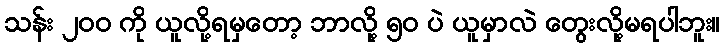
သန်း ၂၀၀ ကို ယူလို့ရမှတော့ ဘာလို့ ၅၀ ပဲ ယူမှာလဲ တွေးလို့မရပါဘူး။